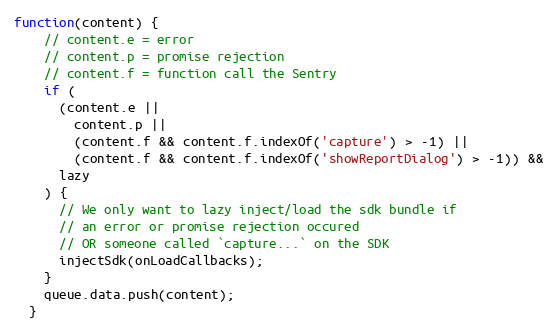
Language: JavaScript
function(content) {
    // content.e = error
    // content.p = promise rejection
    // content.f = function call the Sentry
    if (
      (content.e ||
        content.p ||
        (content.f && content.f.indexOf('capture') > -1) ||
        (content.f && content.f.indexOf('showReportDialog') > -1)) &&
      lazy
    ) {
      // We only want to lazy inject/load the sdk bundle if
      // an error or promise rejection occured
      // OR someone called `capture...` on the SDK
      injectSdk(onLoadCallbacks);
    }
    queue.data.push(content);
  }